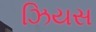
ઝિયસ